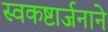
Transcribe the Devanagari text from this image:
स्वकष्टार्जनाने